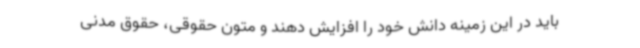
باید در این زمینه دانش خود را افزایش دهند و متون حقوقی، حقوق مدنی‌